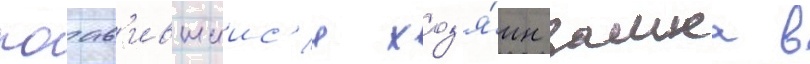
поав'ившиис'я хоз'я́ин замка в